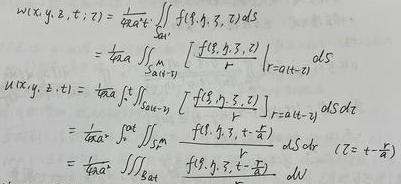
\[
\begin{align*}
w(x,y,z,t)&=\frac{1}{4\pi a^{2}}\iint_{S_{at}} f(\xi,\eta,\zeta) dS\\
&=\frac{1}{4\pi a}\iint_{S_{a(t-\tau)}} \left[\frac{f(\xi,\eta,\zeta)}{r}\right]_{r = a(t-\tau)} dS\\
u(x,y,z,t)&=\frac{1}{4\pi a}\int_{0}^{t}\iint_{S_{a(t-\tau)}} \left[\frac{f(\xi,\eta,\zeta)}{r}\right]_{r = a(t-\tau)} dSd\tau\\
&=\frac{1}{4\pi a^{2}}\int_{0}^{t}\iint_{S_{a}} f(\xi,\eta,\zeta + a\tau) dSd\tau\quad (Z = \zeta+\frac{r}{a})\\
&=\frac{1}{4\pi a^{2}}\iiint_{B_{at}} \frac{f(\xi,\eta,\zeta+\frac{r}{a})}{r} dV
\end{align*}
\]